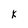
Character: k